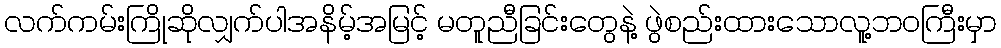
လက်ကမ်းကြိုဆိုလျှက်ပါအနိမ့်အမြင့် မတူညီခြင်းတွေနဲ့ ဖွဲစည်းထားသောလူ့ဘဝကြီးမှာ